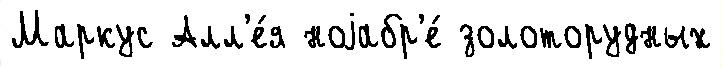
Маркус Алл'е́я ноjабр'е́ золоторудных